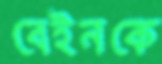
বেইনকে